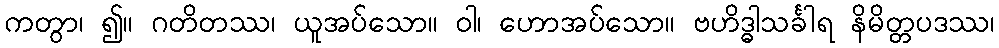
ကတွာ၊ ၍။ ဂတိတဿ၊ ယူအပ်သော။ ဝါ၊ ဟောအပ်သော။ ဗဟိဒ္ဓါသင်္ခါရ နိမိတ္တပဒဿ၊